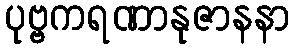
ပုဗ္ဗကရဏာနုဇာနနာ